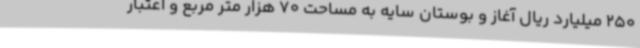
250 میلیارد ریال آغاز و بوستان سایه به مساحت 70 هزار متر مربع و اعتبار